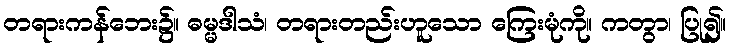
တရားကန်ဘေး၌။ ဓမ္မဒါသံ၊ တရားတည်းဟူသော ကြေးမုံကို။ ကတွာ၊ ပြု၍။